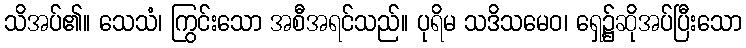
သိအပ်၏။ သေသံ၊ ကြွင်းသော အစီအရင်သည်။ ပုရိမ သဒိသမေဝ၊ ရှေ့၌ဆိုအပ်ပြီးသော